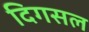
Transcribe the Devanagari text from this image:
दिगसल